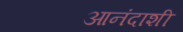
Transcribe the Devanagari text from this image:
आनंदाशी